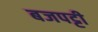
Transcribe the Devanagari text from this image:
बजपट्टी